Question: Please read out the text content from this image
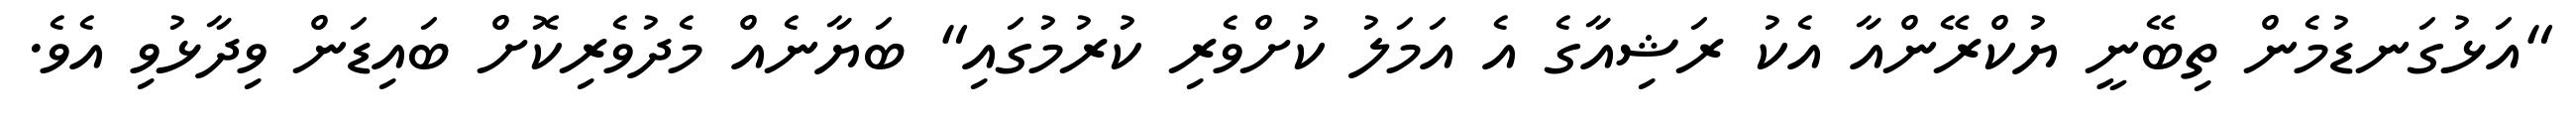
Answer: "އަޅުގަނޑުމެން ތިބޭނީ ޔުކްރޭންއާ އެކު ރަޝިއާގެ އެ އަމަލު ކުށްވެރި ކުރުމުގައި" ބަޔާނެއް މެދުވެރިކޮށް ބައިޑަން ވިދާޅުވި އެވެ.